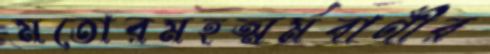
মতোরমহত্মর্মবাণীর